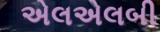
એલએલબી